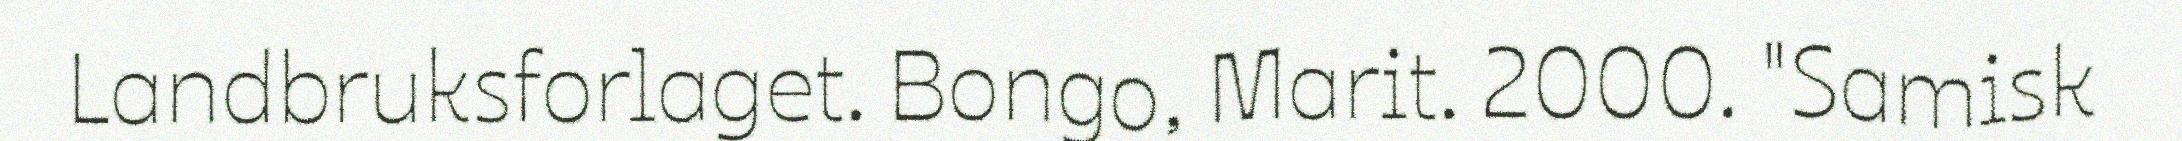
Landbruksforlaget. Bongo, Marit. 2000. "Samisk